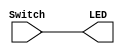
module p1(Switch, LED);

	// Define inputs and Outputs
	input [17:0] Switch;
	output [17:0] LED;
	// Assign the input to output directly
	assign LED = Switch;
	
endmodule